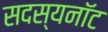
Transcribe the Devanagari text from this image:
सदस्यनॉट